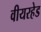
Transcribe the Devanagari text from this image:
वीयरहेड